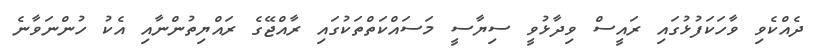
ދެއްކެވި ވާހަކަފުޅުގައި ރައީސް ވިދާޅުވީ ސިޔާސީ މަސައްކަތްތަކުގައި ރާއްޖޭގެ ރައްޔިތުންނާއި އެކު ހުންނަވާނެ